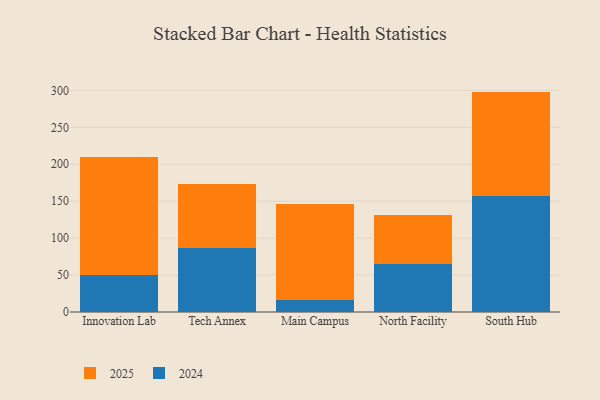
{"axis": {"x": "Campus", "y": "Population (Million)"}, "legend": ["2024", "2025"], "data": [{"x": "Innovation Lab", "y": 159.0, "type": "2025"}, {"x": "Innovation Lab", "y": 50.4, "type": "2024"}, {"x": "Tech Annex", "y": 87.6, "type": "2025"}, {"x": "Tech Annex", "y": 86.0, "type": "2024"}, {"x": "Main Campus", "y": 130.0, "type": "2025"}, {"x": "Main Campus", "y": 16.1, "type": "2024"}, {"x": "North Facility", "y": 66.1, "type": "2025"}, {"x": "North Facility", "y": 65.6, "type": "2024"}, {"x": "South Hub", "y": 142.0, "type": "2025"}, {"x": "South Hub", "y": 156.4, "type": "2024"}]}